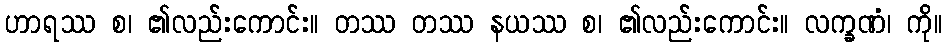
ဟာရဿ စ၊ ၏လည်းကောင်း။ တဿ တဿ နယဿ စ၊ ၏လည်းကောင်း။ လက္ခဏံ၊ ကို။